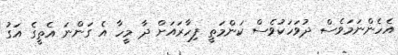
އެހެންނަމަވެސް ދުވަހަކުވެސް ކަންމަތީ ފިހާރައަށް ދާ މީހާ އެ ގަންނަ އެތީގެ އަގު